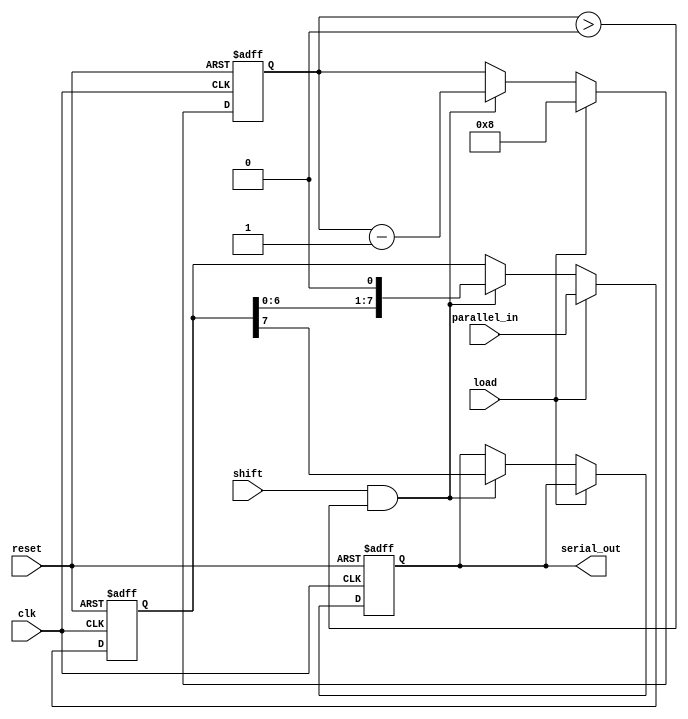
module PISO_Register #
(
    parameter WIDTH = 8  // Configurable width for parallel input
)
(
    input wire clk,                // Clock signal
    input wire reset,              // Reset signal
    input wire load,               // Load control signal
    input wire shift,              // Shift control signal
    input wire [WIDTH-1:0] parallel_in, // Parallel input data bus
    output reg serial_out           // Serial output
);

    reg [WIDTH-1:0] shift_reg;     // Shift register to hold parallel input data
    reg [3:0] bit_counter;          // Counter to track number of bits shifted out

    always @(posedge clk or posedge reset) begin
        if (reset) begin
            shift_reg <= {WIDTH{1'b0}};  // Clear shift register on reset
            serial_out <= 1'b0;          // Clear serial output
            bit_counter <= 4'b0;          // Reset counter
        end else if (load) begin
            shift_reg <= parallel_in;     // Load parallel data into shift register
            bit_counter <= WIDTH;          // Set counter to the width of data
        end else if (shift && bit_counter > 0) begin
            serial_out <= shift_reg[WIDTH-1]; // Output the most significant bit
            shift_reg <= shift_reg << 1; // Shift left, to prepare for the next bit
            bit_counter <= bit_counter - 1; // Decrement counter
        end
    end

endmodule